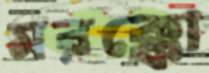
মরক্কো